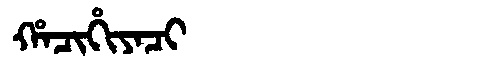
Manchu: ᡥᠠᠴᡳᡥᡳᠶᠠᠴᡳ
Romanization: HACIHIYACI